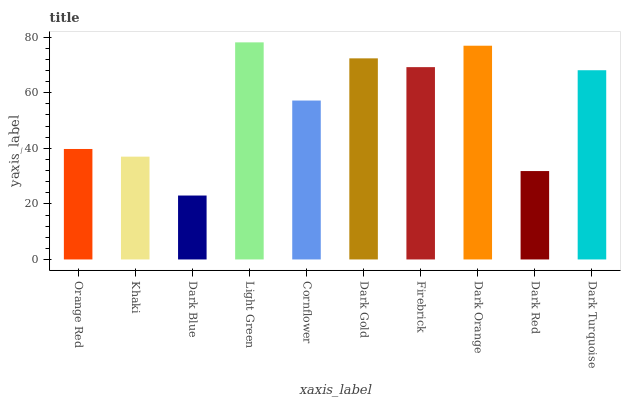
| xaxis_label | bars |
 | --- | --- |
 | Orange Red | 39.8 |
 | Khaki | 37 |
 | Dark Blue | 23 |
 | Light Green | 78.1 |
 | Cornflower | 57.2 |
 | Dark Gold | 72.4 |
 | Firebrick | 69.2 |
 | Dark Orange | 76.9 |
 | Dark Red | 31.8 |
 | Dark Turquoise | 68.1 |